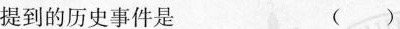
提到的历史事件是 ( )